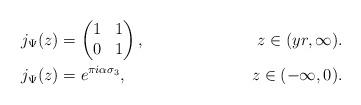
LaTeX: \begin{align*}j_\Psi(z) &= \begin{pmatrix}1 & 1 \\ 0 & 1 \\\end{pmatrix}, &z\in (yr, \infty).\\j_\Psi(z) &= e^{\pi i \alpha \sigma_3}, &z\in (-\infty,0).\end{align*}